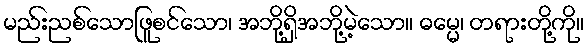
မည်းညစ်သောဖြူစင်သော၊ အဘို့ရှိအဘို့မဲ့သော။ ဓမ္မေ၊ တရားတို့ကို။